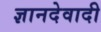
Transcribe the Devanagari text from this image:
ज्ञानदेवादी